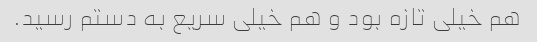
هم خیلی تازه بود و هم خیلی سریع به دستم رسید.